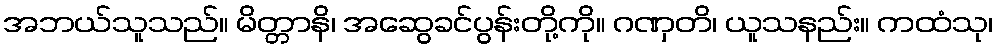
အဘယ်သူသည်။ မိတ္တာနိ၊ အဆွေခင်ပွန်းတို့ကို။ ဂဏှတိ၊ ယူသနည်း။ ကထံသု၊